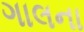
ગાલના